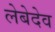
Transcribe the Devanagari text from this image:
लेबेदेव